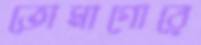
তোমাগোরে